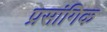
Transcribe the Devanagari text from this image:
प्रसांगिक